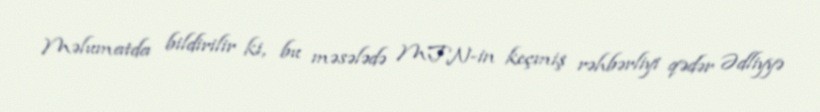
Məlumatda bildirilir ki, bu məsələdə MTN-in keçmiş rəhbərliyi qədər Ədliyyə